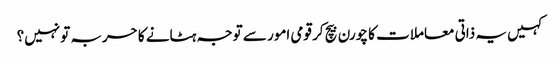
کہیں یہ ذاتی معاملات کا چورن بیچ کر قومی امور سے توجہ ہٹانے کا حربہ تو نہیں؟